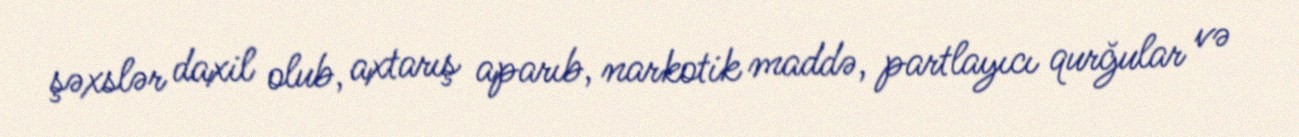
şəxslər daxil olub, axtarış aparıb, narkotik maddə, partlayıcı qurğular və